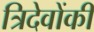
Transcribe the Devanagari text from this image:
त्रिदेवोंकी